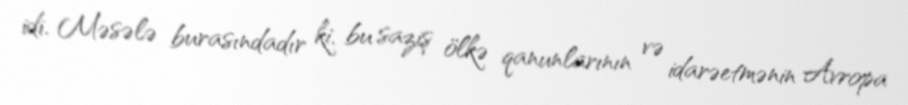
idi. Məsələ burasındadır ki, bu saziş ölkə qanunlarının və idarəetmənin Avropa